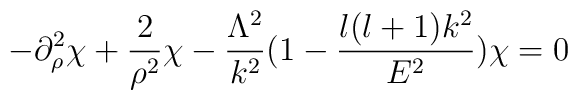
- \partial^2_{\rho} \chi + \frac{2}{\rho^2} \chi -\frac{\Lambda^2}{k^2} ( 1 - \frac{l ( l + 1 ) k^2}{E^2} )\chi = 0